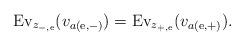
LaTeX: \begin{align*}{\rm Ev}_{z_{-,{\rm e}}}(v_{a({\rm e},-)})= {\rm Ev}_{z_{+,{\rm e}}}(v_{a({\rm e},+)}).\end{align*}